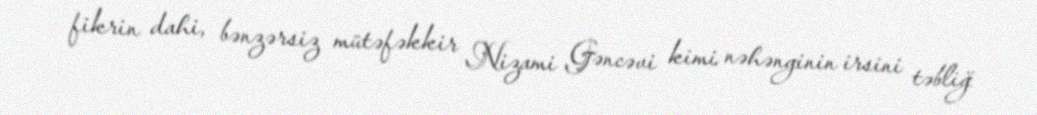
fikrin dahi, bənzərsiz mütəfəkkir Nizami Gəncəvi kimi nəhənginin irsini təbliğ